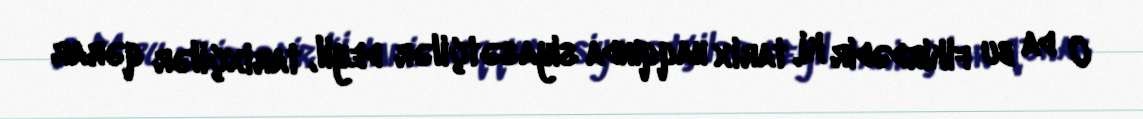
O da bu fikirdədir ki, tarix haqqında siyasətçilər deyil, tarixçilər qərar